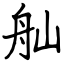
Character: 舢